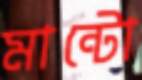
মান্টো